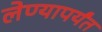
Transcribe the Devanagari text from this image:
लेण्यापर्यंत